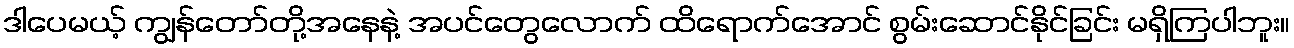
ဒါပေမယ့် ကျွန်တော်တို့အနေနဲ့ အပင်တွေလောက် ထိရောက်အောင် စွမ်းဆောင်နိုင်ခြင်း မရှိကြပါဘူး။